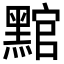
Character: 𮮛